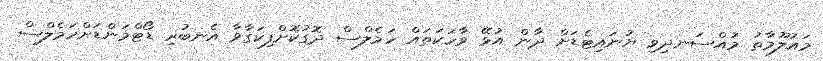
މައުލޫމާތު މުއްސަނދިވި ޔުނައިޓެޑަށް ދާން އުޅޭ ވާހަކަތައް ހަމެލްސް ދޮގުކޮށްފިކަގާވާ އެނބުރި ޑޯޓްމަންޑަށްހަމެލްސް